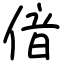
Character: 偣